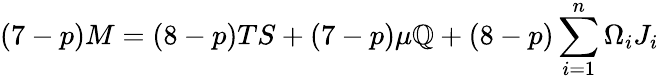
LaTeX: (7-p)M=(8-p)TS+(7-p)\mu\mathbb{Q}+(8-p)\sum_{i=1}^{n}\Omega_{i}J_{i}